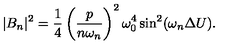
| B _ { n } | ^ { 2 } = { \frac { 1 } { 4 } } \left( { \frac { p } { n \omega _ { n } } } \right) ^ { 2 } \omega _ { 0 } ^ { 4 } \sin ^ { 2 } ( \omega _ { n } \Delta U ) .